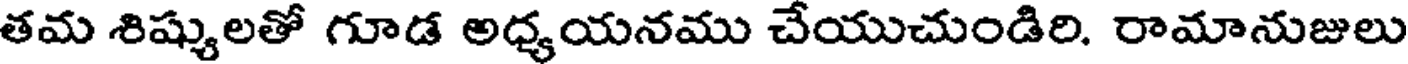
తమ శిష్యులతో గూడ అధ్యయనము చేయుచుండిరి. రామానుజులు